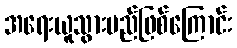
အရေးယူသွားမည်ဖြစ်ကြောင်း